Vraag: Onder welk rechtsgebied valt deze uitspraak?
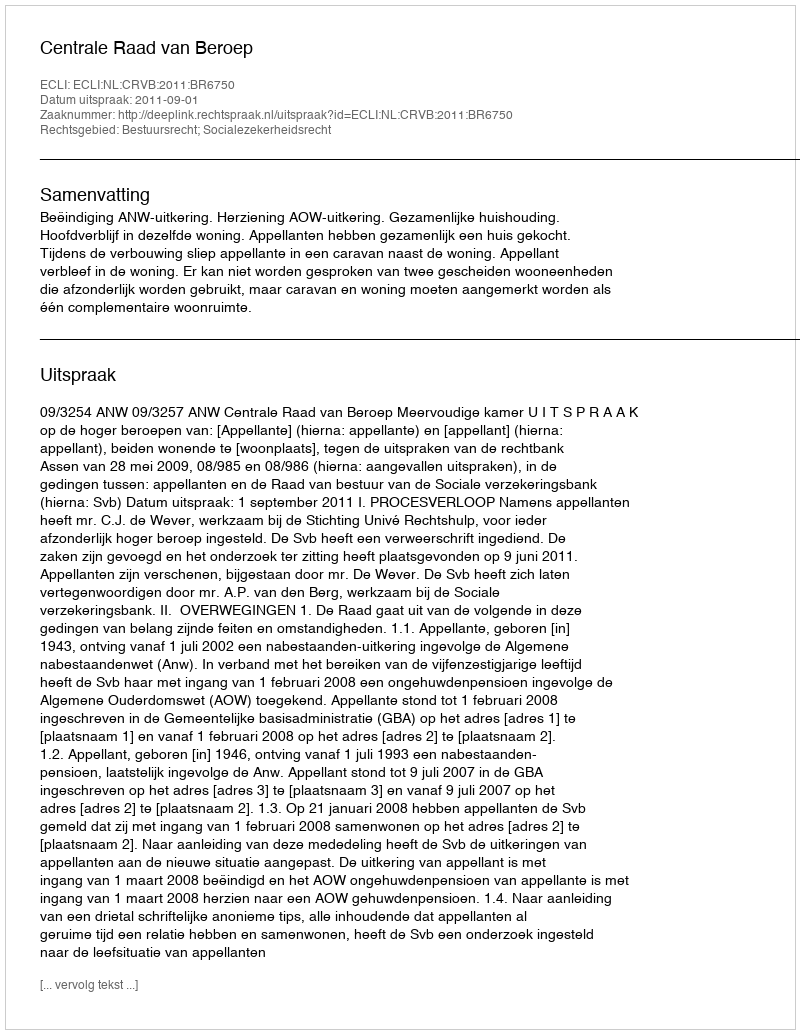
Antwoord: Bestuursrecht; Socialezekerheidsrecht